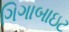
ગિગાબાઇટ